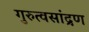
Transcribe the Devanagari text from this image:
गुरुत्वसांद्रण